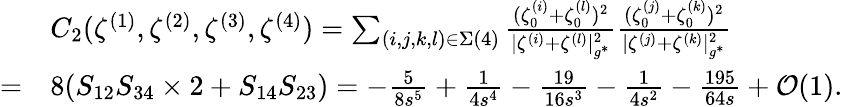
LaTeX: \begin{array}{rl}&{C_{2}(\zeta^{(1)},\zeta^{(2)},\zeta^{(3)},\zeta^{(4)})=\sum_{(i,j,k,l)\in\Sigma(4)}\frac{(\zeta_{0}^{(i)}+\zeta_{0}^{(l)})^{2}}{|{\zeta^{(i)}}+{\zeta^{(l)}}|_{g^{*}}^{2}}\frac{(\zeta_{0}^{(j)}+\zeta_{0}^{(k)})^{2}}{|\zeta^{(j)}+\zeta^{(k)}|_{g^{*}}^{2}}}\\ {=}&{8(S_{12}S_{34}\times 2+S_{14}S_{23})=-\frac{5}{8s^{5}}+\frac{1}{4s^{4}}-\frac{19}{16s^{3}}-\frac{1}{4s^{2}}-\frac{195}{64s}+\mathcal{O}(1).}\end{array}